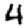
Digit: 4